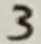
Text: 3